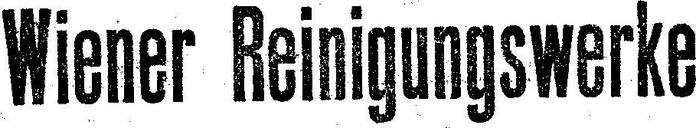
Wiener Reinigungswerke